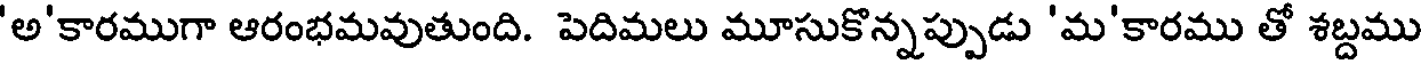
'అ'కారముగా ఆరంభమవుతుంది. పెదిమలు మూసుకొన్నప్పుడు 'మ'కారము తో శబ్దము